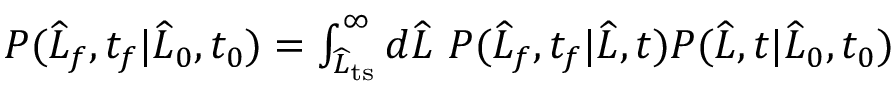
\begin{array} { r } { P ( \widehat { L } _ { f } , t _ { f } | \widehat { L } _ { 0 } , t _ { 0 } ) = \int _ { \widehat { L } _ { \mathrm { t s } } } ^ { \infty } d \widehat { L } \ P ( \widehat { L } _ { f } , t _ { f } | \widehat { L } , t ) P ( \widehat { L } , t | \widehat { L } _ { 0 } , t _ { 0 } ) } \end{array}